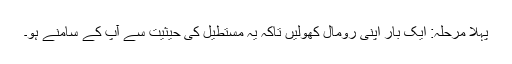
پہلا مرحلہ: ایک بار اپنی رومال کھولیں تاکہ یہ مستطیل کی حیثیت سے آپ کے سامنے ہو۔